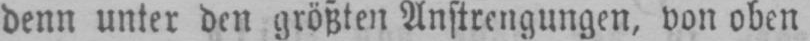
denn unter den größten Anstrengungen, von oben